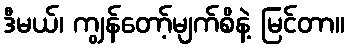
ဒီမယ်၊ ကျွန်တော့်မျက်စိနဲ့ မြင်တာ။